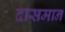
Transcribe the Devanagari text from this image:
दासमान